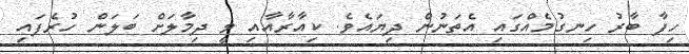
ހިފާ ބާރު ހިނގުމެއްގައި އެތަނުން ދިޔައެވެ. ކިއާރާއާއި ވީ ދިމާލަށް ބަލަން ހުރެފައި